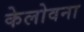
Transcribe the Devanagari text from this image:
केलोवना